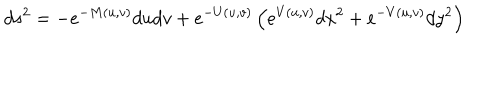
LaTeX: d s ^ { 2 } = - e ^ { - M ( u , v ) } d u d v + e ^ { - U ( u , v ) } \left( e ^ { V ( u , v ) } d x ^ { 2 } + e ^ { - V ( u , v ) } d y ^ { 2 } \right)